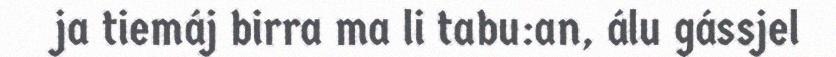
ja tiemáj birra ma li tabu:an, álu gássjel